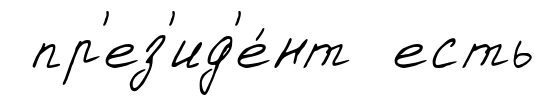
пр'ез'ид'е́нт есть